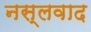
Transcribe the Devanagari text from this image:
नस्‍लवाद